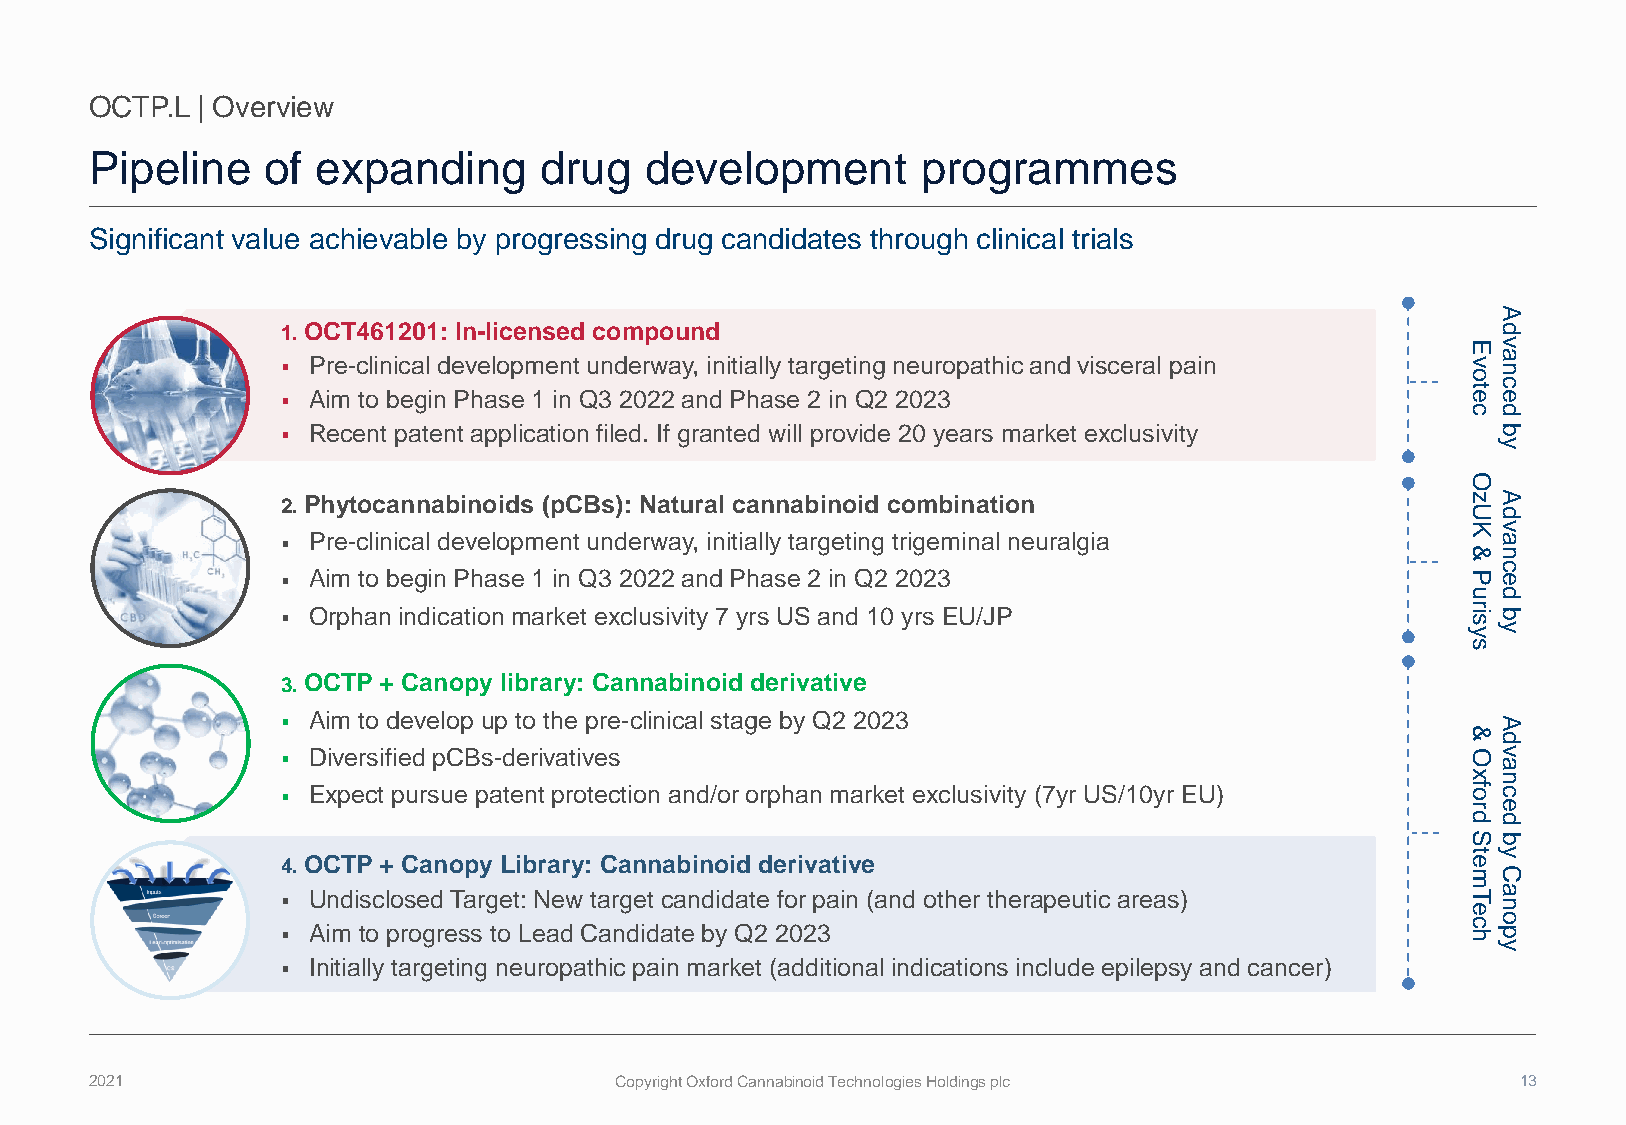
OCTP.L | Overview
 Pipeline   of  expanding      drug   development       programmes
 Significant value achievable by progressing drug candidates through clinical trials
 A
 1. OCT461201: In-licensed compound                                              d
 Ev
 ▪ Pre-clinical development underway, initially targeting neuropathic and visceral pain ov na
 tc
 ▪ Aim to begin Phase 1 in Q3 2022 and Phase 2 in Q2 2023                      ee
 cd
 ▪ Recent patent application filed. If granted will provide 20 years market exclusivity b
 y
 O
 2. Phytocannabinoids (pCBs): Natural cannabinoid combination                  zA
 Ud
 Kv
 ▪ Pre-clinical development underway, initially targeting trigeminal neuralgia   a
 &n
 ▪ Aim to begin Phase 1 in Q3 2022 and Phase 2 in Q2 2023
 Pec
 ud
 ▪ Orphan indication market exclusivity 7 yrs US and 10 yrs EU/JP              sir b
 yy
 s
 3. OCTP + Canopy library: Cannabinoid derivative
 ▪ Aim to develop up to the pre-clinical stage by Q2 2023                        A
 &
 d
 ▪ Diversified pCBs-derivatives                                                O av
 xn
 ▪ Expect pursue patent protection and/or orphan market exclusivity (7yr US/10yr EU) ofc
 re
 dd
 Sb
 ty
 4. OCTP + Canopy Library: Cannabinoid derivative                              e
 mC
 ▪ Undisclosed Target: New target candidate for pain (and other therapeutic areas) eT na
 co
 ▪ Aim to progress to Lead Candidate by Q2 2023                                hp
 y
 ▪ Initially targeting neuropathic pain market (additional indications include epilepsy and cancer)
 2021                               Copyright Oxford Cannabinoid Technologies Holdings plc      13